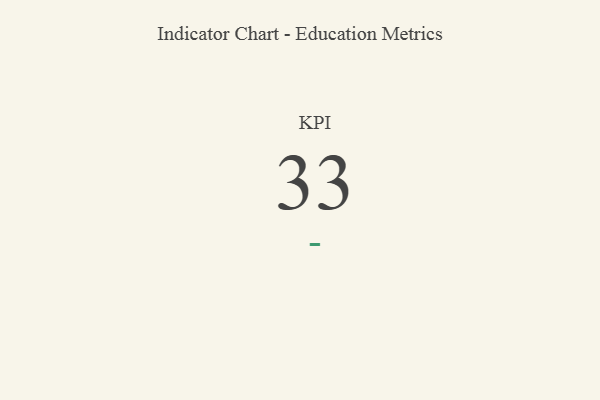
{"axis": {"x": "KPI", "y": "Value"}, "legend": [""], "data": [{"x": "KPI", "y": 33, "type": ""}]}